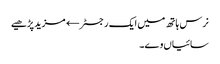
نرس ہاتھ میں ایک رجسٹر← مزید پڑھیے
سائیاں وے۔